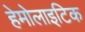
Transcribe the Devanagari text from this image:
हेमोलाइटिक